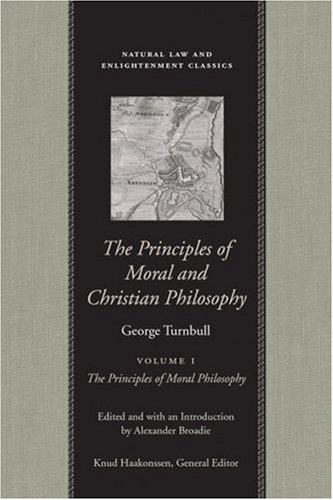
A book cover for The Principles of Moral and Christian Philosophy: Philosophical Works and Correspondence of George Turnbull (Natural Law and Enlightenment Classics) Two Volume Set (v. 1-2); George Turnbull; Law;